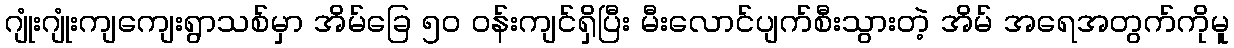
ဂျုံးဂျုံးကျကျေးရွာသစ်မှာ အိမ်ခြေ ၅၀ ဝန်းကျင်ရှိပြီး မီးလောင်ပျက်စီးသွားတဲ့ အိမ် အရေအတွက်ကိုမူ